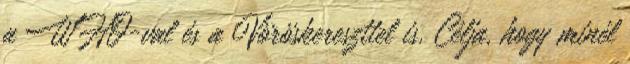
a WHO-val és a Vöröskereszttel is. Célja, hogy minél